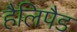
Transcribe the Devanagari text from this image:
हैलिपैड